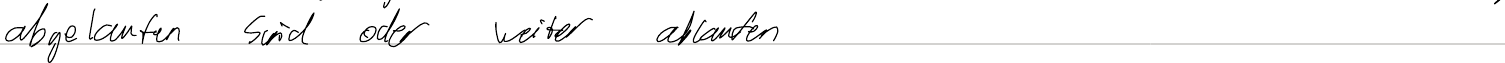
abgelaufen sind oder weiter ablaufen